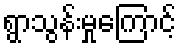
ရွာသွန်းမှုကြောင့်